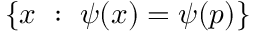
\{ x \ : \ \psi ( x ) = \psi ( p ) \}